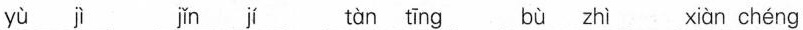
yù jì jǐn jí tàn tīng bù zhì xiàn chéng